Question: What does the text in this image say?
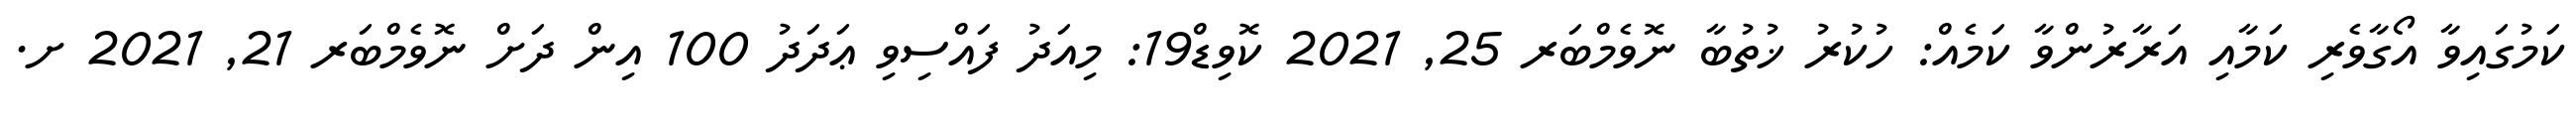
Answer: ކަމުގައިވާ އޯގާވެރި ކަމާއި އަރާރުންވާ ކަމެއް: ހުކުރު ޚުތުބާ ނޮވެމްބަރ 25, 2021 ކޮވިޑް19: މިއަދު ފައްސިވި ޢަދަދު 100 އިން ދަށް ނޮވެމްބަރ 21, 2021 ށ.